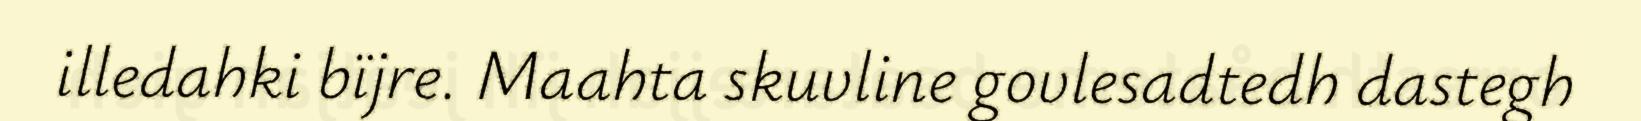
illedahki bïjre. Maahta skuvline govlesadtedh dastegh